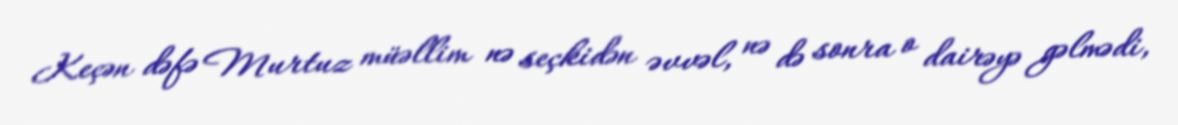
Keçən dəfə Murtuz müəllim nə seçkidən əvvəl, nə də sonra o dairəyə gəlmədi,